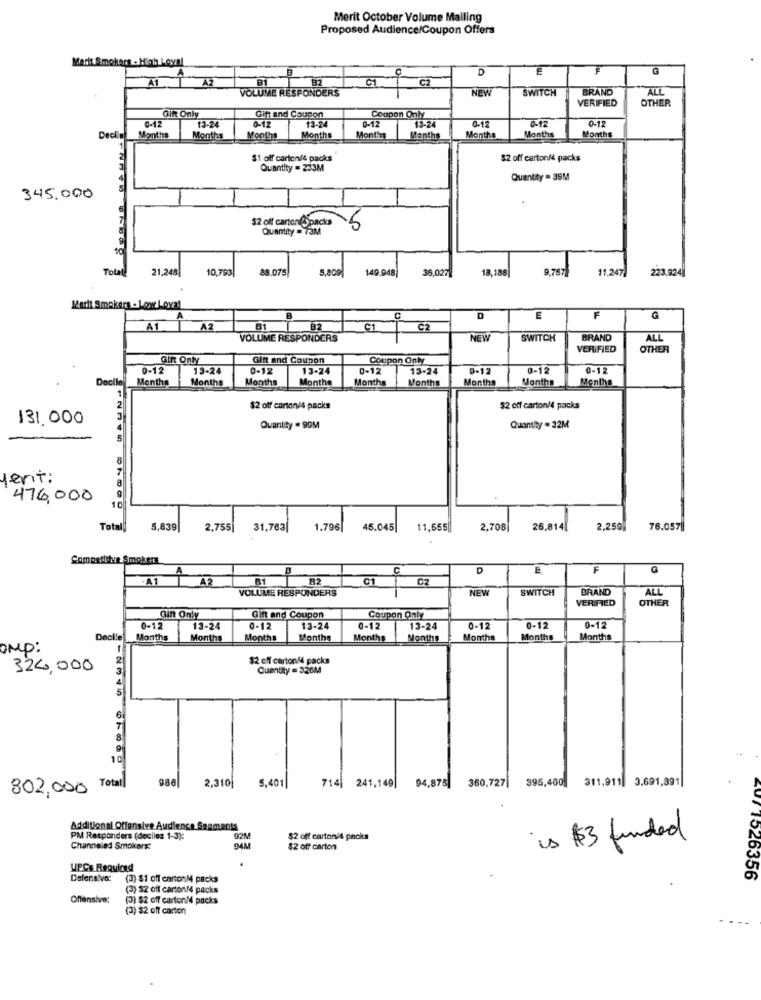
Merit October Volume Mailing
Proposed Audience/Coupon Offers
Marit Smokers - High Loyal
D
A1
AZ
B1
32
C1
C2
VOLUME RESPONDERS
NEW
SWITCH
BRAND
ALL
VERIFIED
OTHER
0-12
Gint Only
13-24
Gift and Coupon
0-12
Coupon Only
4.1
0-12
0-12
13-24
13:34
0-12
Decil
Months
Months
Months
Months
Months
Months
Months
Months
Months
$1 off carton/4 packs
$2 off cartoni4 packs
Quantity = 233M
Quantity = 39M
345.000
$2 off carton @Spacks
Quantity = 73M
5
Total
21.248
10.793
88.075
5.809
149.948
36,027
18,186
9.7678
11 247
223,924
Marit Smokers - Low Loval
B
E
F
G
A1
A2
B1
B2
C1
C2
VOLUME RESPONDERS
NEW
SWITCH
BRAND
ALL
VERIFIED
OTHER
Gitt Only
Gitt and Coupon
Coupon Only
0-12
13-24
0-12
13-24
0-12
13-24
0-12
0-12
0-12
Docilo
Months
Months
Months
Months
Months
Months
Months
Months
Months
1
2
$2 off carton/4 packs
$2 off carton/4 packs
131,000
Quantity . 90M
Quantity = 32M
5
8
7
ferit:
476,000
10
Totall
5,839
2,755|
31,763|
1,796
45.045|
11,655|
2.708
26,8141
2,259,
76.057|
Compattiye Smokers
C
E
F
-A1
A2
B1
C1
C2
VOLUME RESPONDERS
NEW
SWITCH
BRAND
ALL
VERIFIED
OTHER
Gin Only
Gift and Coupon
Coupon Only
0-12
13-24
0-12
13-24
0-12
13-24
0-12
-12
0-12
Decile
Months
Months
Months
Months
Months
Months
Months
Months
Months
OMP:
2
$2 off carton44 packs
324,000
Quantity = 326M
6
7
8
10
988
94,875
360,727|
395,400
311,911 3,691,891
802.000 Total
2,310|
5,401|
714| 241,149|
Additional Offensive Audience Segments
PM Responders (deciles 1-3):
92M
$2 off carton/4 packs
is $3 funded
Channeled Smokers:
94M
$2 off carton
UPC& Required
Defensiva:
(3) $1 off cartonM4 packs
/1526356
(3) $2 off carton/4 packs
Offensive:
(3) $2 off carton/4 packs
(3) $2 off carton